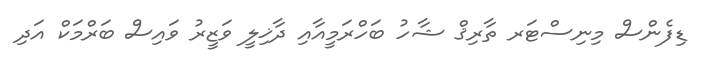
ޑިފެންސް މިނިސްޓަރ ތާރިޤް ޝާހު ބަހްރަމީއާއި ދާޚިލީ ވަޒީރު ވައިސް ބަރްމަކް އަދި